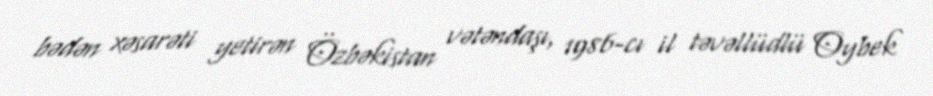
bədən xəsarəti yetirən Özbəkistan vətəndaşı, 1986-cı il təvəllüdlü Oybek